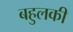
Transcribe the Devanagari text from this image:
बहुलकी